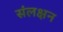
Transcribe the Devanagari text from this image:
संलक्षन